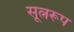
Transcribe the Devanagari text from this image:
सूत्नरूप